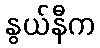
နွယ်နီက